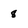
Character: 8